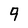
Character: 9